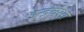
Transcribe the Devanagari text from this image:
इन्द्रवंसा